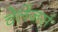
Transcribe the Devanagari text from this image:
चेलेंजर्स